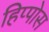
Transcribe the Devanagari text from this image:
हिप्पोस